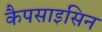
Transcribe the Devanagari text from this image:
कैपसाइसिन